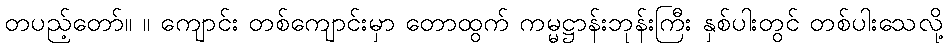
တပည့်တော်။ ။ ကျောင်း တစ်ကျောင်းမှာ တောထွက် ကမ္မဋ္ဌာန်းဘုန်းကြီး နှစ်ပါးတွင် တစ်ပါးသေလို့